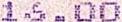
16.00